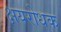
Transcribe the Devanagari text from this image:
क्षयरोधक